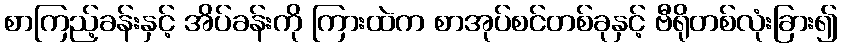
စာကြည့်ခန်းနှင့် အိပ်ခန်းကို ကြားထဲက စာအုပ်စင်တစ်ခုနှင့် ဗီရိုတစ်လုံးခြား၍